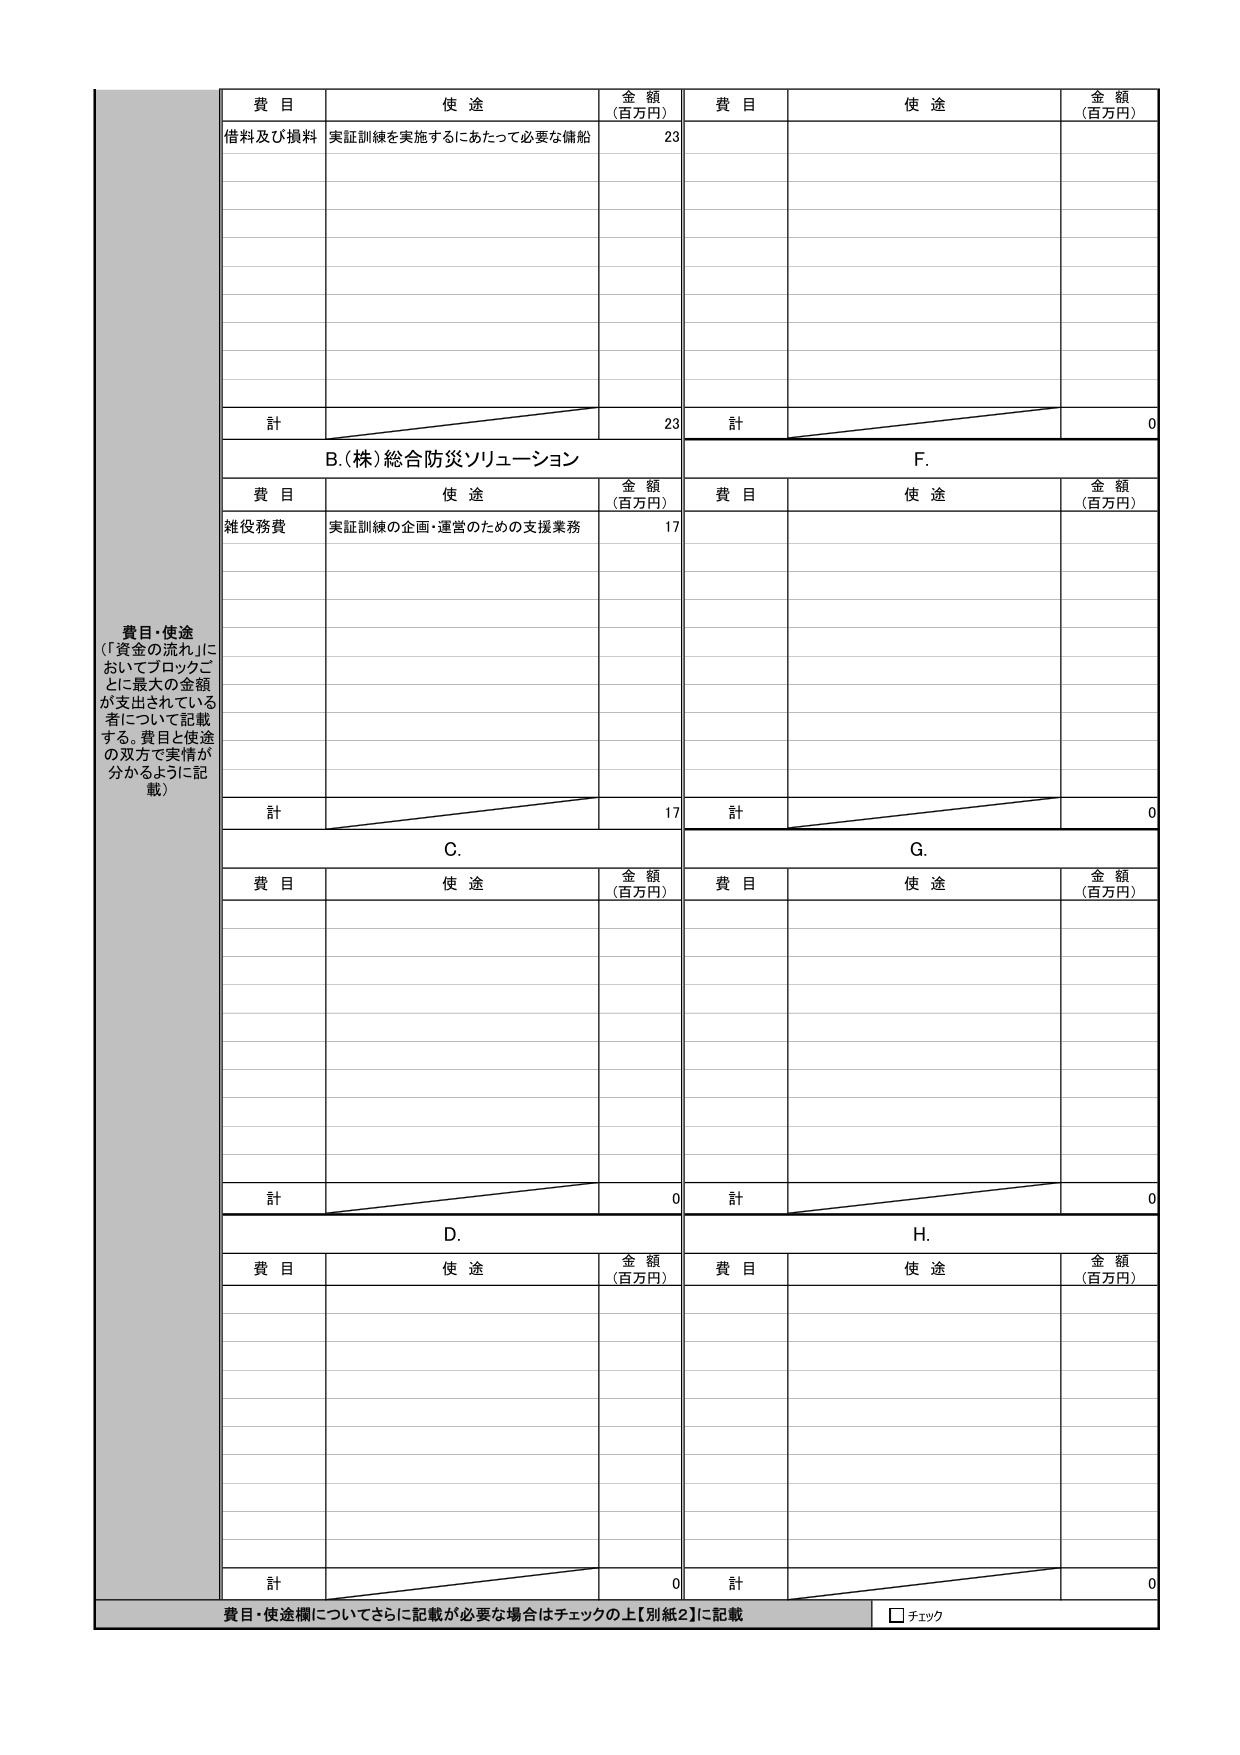
費目・使途
（「資金の流れ」においてブロックごとに最大の金額が支出されている者について記載する。費目と使途の双方で実情が分かるように記載）

費目　使途　金額（百万円）　費目　使途　金額（百万円）
借料及び損料　実証訓練を実施するにあたって必要な傭船　23
計　23　計　0

B.（株）総合防災ソリューション　F.
費目　使途　金額（百万円）　費目　使途　金額（百万円）
雑役務費　実証訓練の企画・運営のための支援業務　17
計　17　計　0

C.　G.
費目　使途　金額（百万円）　費目　使途　金額（百万円）
計　0　計　0

D.　H.
費目　使途　金額（百万円）　費目　使途　金額（百万円）
計　0　計　0

費目・使途欄についてさらに記載が必要な場合はチェックの上【別紙2】に記載　□ チェック